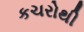
કચરોથી